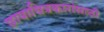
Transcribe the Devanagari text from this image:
छायाचित्रकारांसाठी